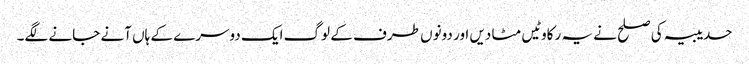
حدیبیہ کی صلح نے یہ رکاوٹیں مٹا دیں اور دونوں طرف کے لوگ ایک دوسرے کے ہاں آنے جانے لگے۔